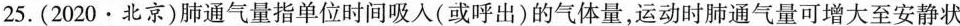
25.(2020·北京)肺通气量指单位时间吸入(或呼出)的气体量，运动时肺通气量可增大至安静状